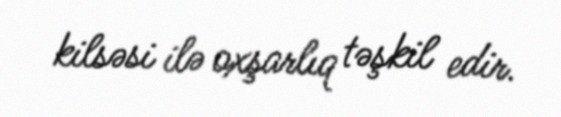
kilsəsi ilə oxşarlıq təşkil edir.